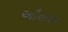
ઔલાદ